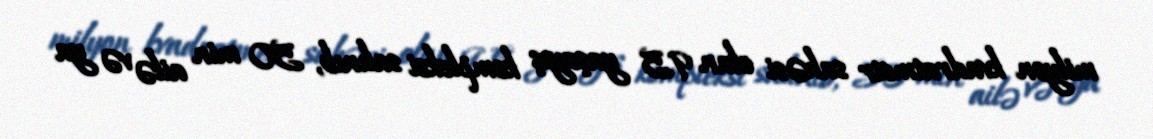
milyon kvadratmetr sahəsi olan 95 yaşayış kompleksi salınıb, 50 min ailə və ya